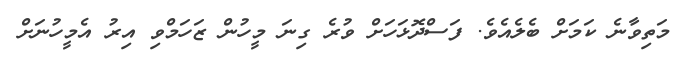
މަތިވާނެ ކަމަށް ބެލެއެވެ. ފަސްދޮޅަހަށް ވުރެ ގިނަ މީހުން ޒަހަމްވި އިރު އެމީހުނަށް